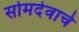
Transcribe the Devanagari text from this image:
सोमदेवाचे